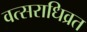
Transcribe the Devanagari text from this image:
वत्सराधिव्रत